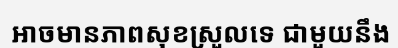
អាចមានភាពសុខស្រួលទេ ជាមួយនឹង